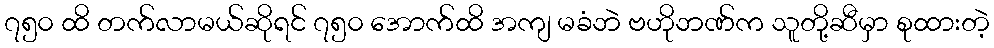
၇၅၀ ထိ တက်လာမယ်ဆိုရင် ၇၅၀ အောက်ထိ အကျ မခံဘဲ ဗဟိုဘဏ်က သူတို့ဆီမှာ စုထားတဲ့